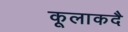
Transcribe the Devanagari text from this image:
कूलाकदै